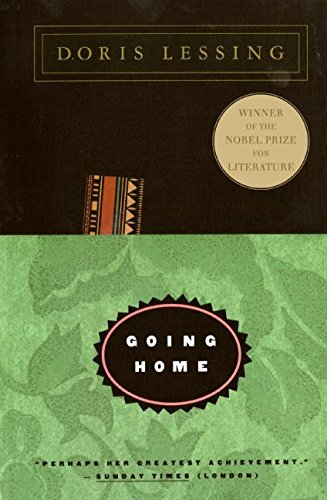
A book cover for Going Home; Doris Lessing; Travel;